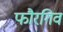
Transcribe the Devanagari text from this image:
फौरगिव